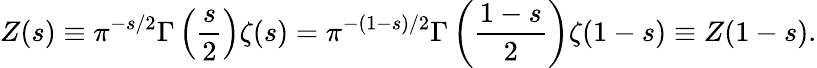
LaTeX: Z(s)\equiv\pi^{-s/2}\Gamma\left(\frac{s}{2}\right)\zeta(s)=\pi^{-(1-s)/2}\Gamma\left(\frac{1-s}{2}\right)\zeta(1-s)\equiv Z(1-s).